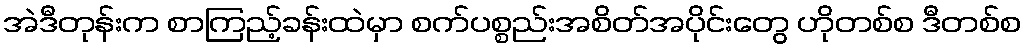
အဲဒီတုန်းက စာကြည့်ခန်းထဲမှာ စက်ပစ္စည်းအစိတ်အပိုင်းတွေ ဟိုတစ်စ ဒီတစ်စ